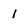
Character: 1